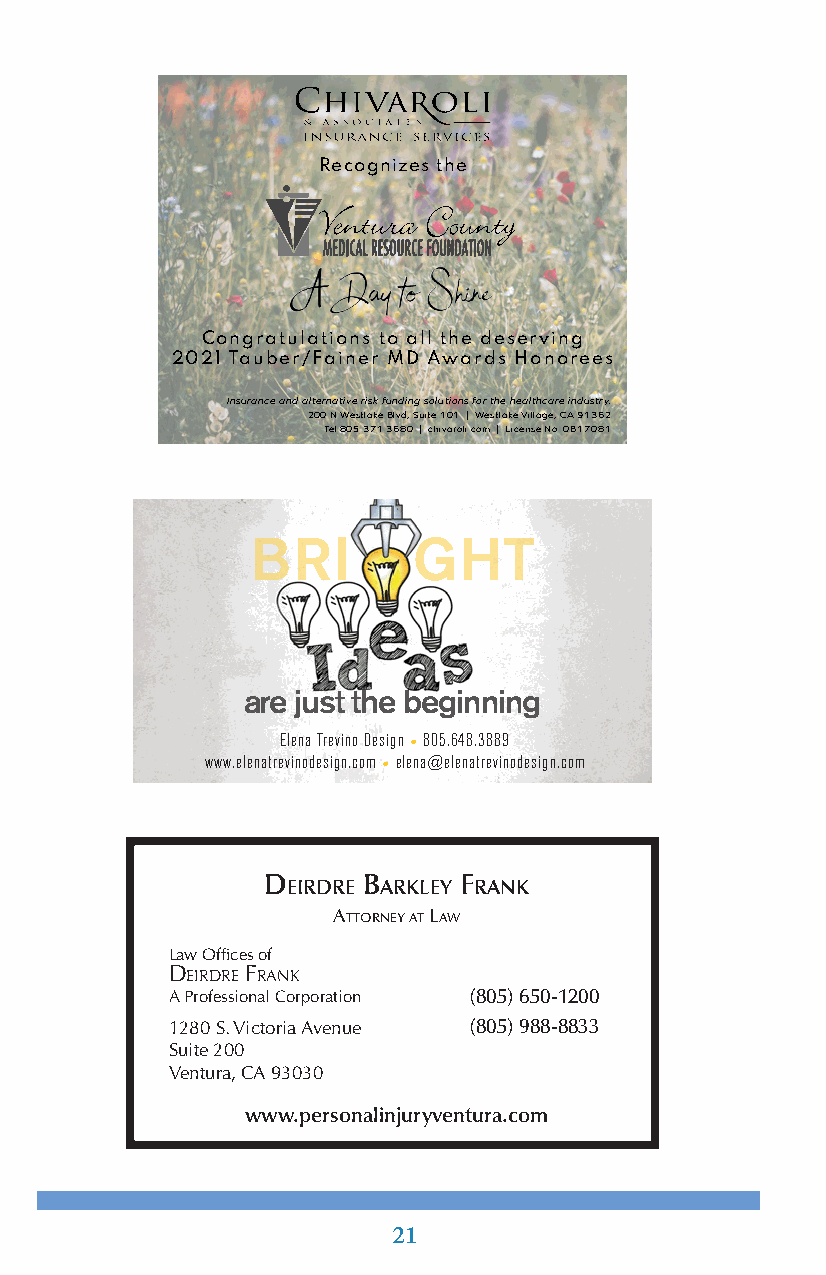
Recognizes the
 Congratulations to all the deserving
 2021 Tauber/Fainer MD Awards Honorees
 Insurance and alternative risk funding solutions for the healthcare industry.
 200 N Westlake Blvd, Suite 101 | Westlake Village, CA 91362
 Tel 805.371.3680 | chivaroli.com | License No. 0B17081
 BRI       GHT
 are just the beginning
 Elena Trevino Design • 805.648.3889
 www.elenatrevinodesign.com • elena@elenatrevinodesign.com
 D      B     F
 eirDre arkley rank
 Attorney At LAw
 Law Offices of
 DeirDre Frank
 A Professional Corporation (805) 650-1200
 1280 S. Victoria Avenue (805) 988-8833
 Suite 200
 Ventura, CA 93030
 www.personalinjuryventura.com
 21